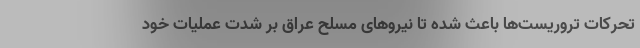
تحرکات تروریست‌ها باعث شده تا نیروهای مسلح عراق بر شدت عملیات خود